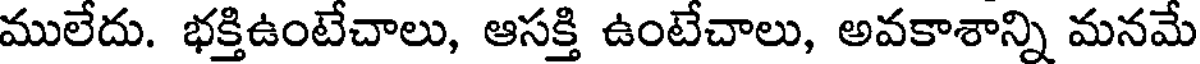
ములేదు. భక్తిఉంటేచాలు, ఆసక్తి ఉంటేచాలు, అవకాశాన్ని మనమే